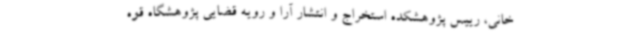
خانی، رییس پژوهشکده استخراج و انتشار آرا و رویه قضایی پژوهشگاه قوه